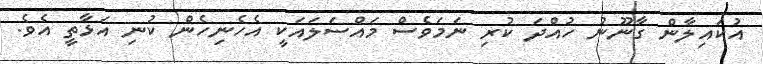
އުކައިލާން ގާނޫނު ހުއްދަ ކުރި ނަމަވެސް މައްސަލައަކީ އެހެނިހެން ކުނި އަޅާތީ އެވެ.